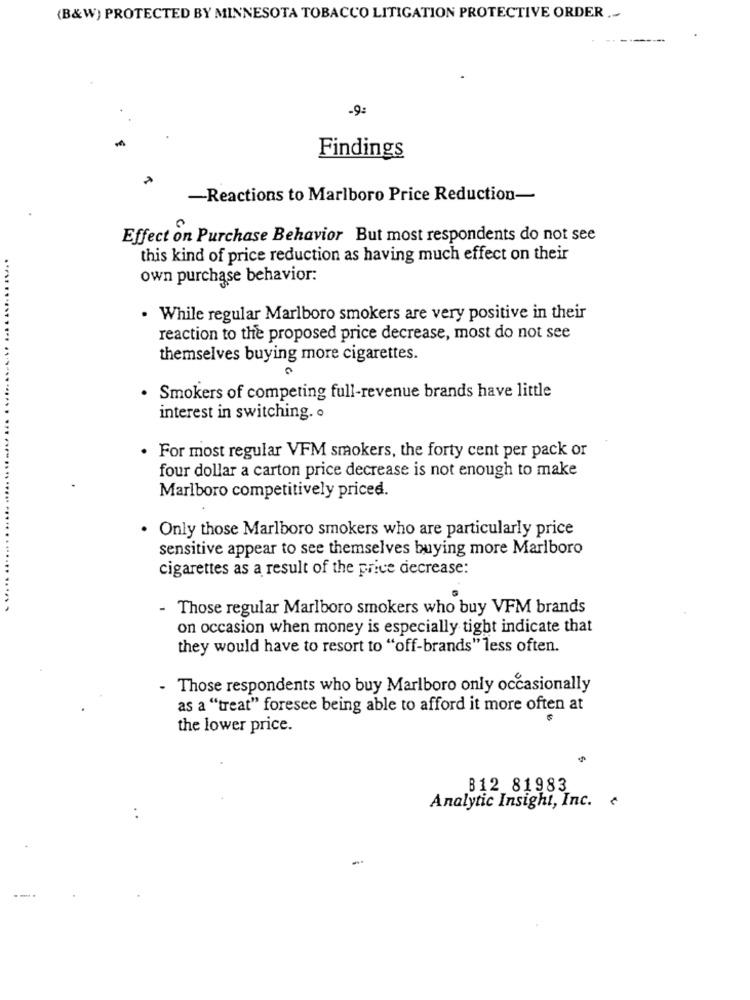
(B&W) PROTECTED BY MINNESOTA TOBACCO LITIGATION PROTECTIVE ORDER ..
-9:
Findings
-Reactions to Marlboro Price Reduction-
Effect on Purchase Behavior But most respondents do not see
this kind of price reduction as having much effect on their
own purchase behavior:
. While regular Marlboro smokers are very positive in their
reaction to the proposed price decrease, most do not see
themselves buying more cigarettes.
· Smokers of competing full-revenue brands have little
interest in switching. o
. For most regular VFM smokers, the forty cent per pack or
four dollar a carton price decrease is not enough to make
Marlboro competitively priced.
· Only those Marlboro smokers who are particularly price
sensitive appear to see themselves buying more Marlboro
cigarettes as a result of the price decrease:
- Those regular Marlboro smokers who buy VFM brands
on occasion when money is especially tight indicate that
they would have to resort to "off-brands" less often.
Those respondents who buy Marlboro only occasionally
as a "treat" foresee being able to afford it more often at
the lower price.
B12 81983
Analytic Insight, Inc. ¢